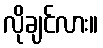
လိုချင်လား။